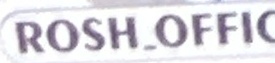
ROSH_OFFIC